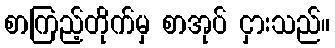
စာကြည့်တိုက်မှ စာအုပ် ငှားသည်။